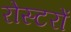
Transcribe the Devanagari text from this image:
रोस्टरों